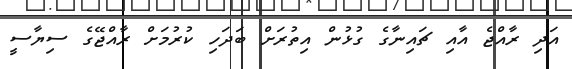
އަދި ރާއްޖެ އާއި ޗައިނާގެ ގުޅުން އިތުރަށް ބަދަހި ކުރުމަށް ރާއްޖޭގެ ސިޔާސީ